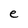
Character: e